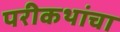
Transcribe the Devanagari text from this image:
परीकथांचा